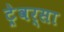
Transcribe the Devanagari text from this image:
ट्रेवर्सा